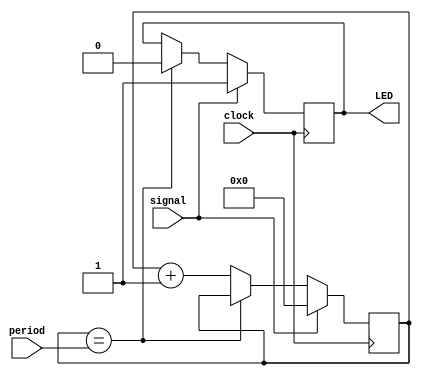
//
//  HPSDR - High Performance Software Defined Radio
//
//  Metis code. 
//
//  This program is free software; you can redistribute it and/or modify
//  it under the terms of the GNU General Public License as published by
//  the Free Software Foundation; either version 2 of the License, or
//  (at your option) any later version.
//
//  This program is distributed in the hope that it will be useful,
//  but WITHOUT ANY WARRANTY; without even the implied warranty of
//  MERCHANTABILITY or FITNESS FOR A PARTICULAR PURPOSE.  See the
//  GNU General Public License for more details.
//
//  You should have received a copy of the GNU General Public License
//  along with this program; if not, write to the Free Software
//  Foundation, Inc., 59 Temple Place, Suite 330, Boston, MA  02111-1307  USA


//  Led_flash - Copyright 2009, 2010, 2011  Phil Harman VK6APH

//////////////////////////////////////////////////////////////
//
//   Flash LED  
//
//////////////////////////////////////////////////////////////

//  Turn  LED on  whenever signal is high and then remain on
//  for 'period' seconds when it goes low


module Led_flash (clock, signal, LED, period);

input clock;
input signal;
output LED;
input [23:0]period;

reg [23:0]counter;
reg LED;

always @ (posedge clock)
begin
	if (signal) begin
		counter <= 0;
		LED <= 1'b1; 			// turn LED on whilst signal is high
		end
	else begin
	if (counter == period) begin
		LED <= 1'b0; 			// turn LED off when signal low after time period
		end
	else counter <= counter + 1'b1;
	end
end

endmodule